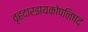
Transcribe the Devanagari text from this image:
वृहदारझयकोपनिषद